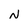
Character: N